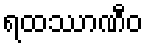
ရထဿာဏီဝ